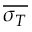
\overline { { \sigma _ { T } } }